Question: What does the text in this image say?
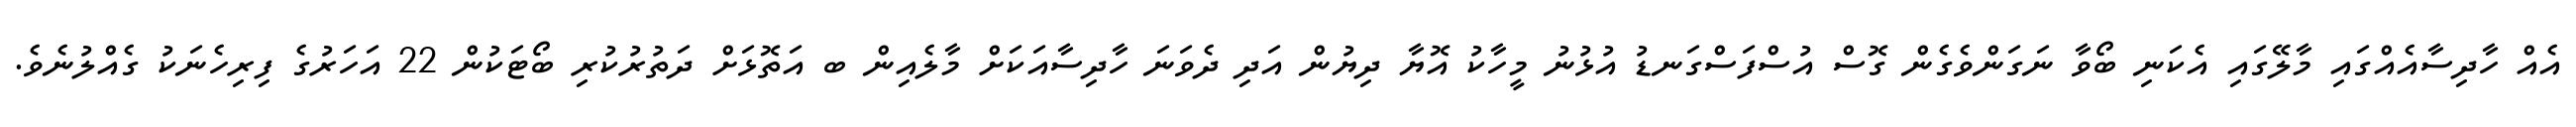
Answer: އެއް ހާދިސާއެއްގައި މާލޭގައި އެކަނި ބޯވާ ނަގަންވެގެން ގޮސް އުސްފަސްގަނޑު އުޅުނު މީހާކު އޮޔާ ދިޔުން އަދި ދެވަނަ ހާދިސާއަކަށް މާލެއިން ބ އަތޮޅަށް ދަތުރުކުރި ބޯޓަކުން 22 އަހަރުގެ ފިރިހެނަކު ގެއްލުނެވެ.